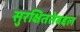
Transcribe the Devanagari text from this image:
सुरक्षिततेबद्दल